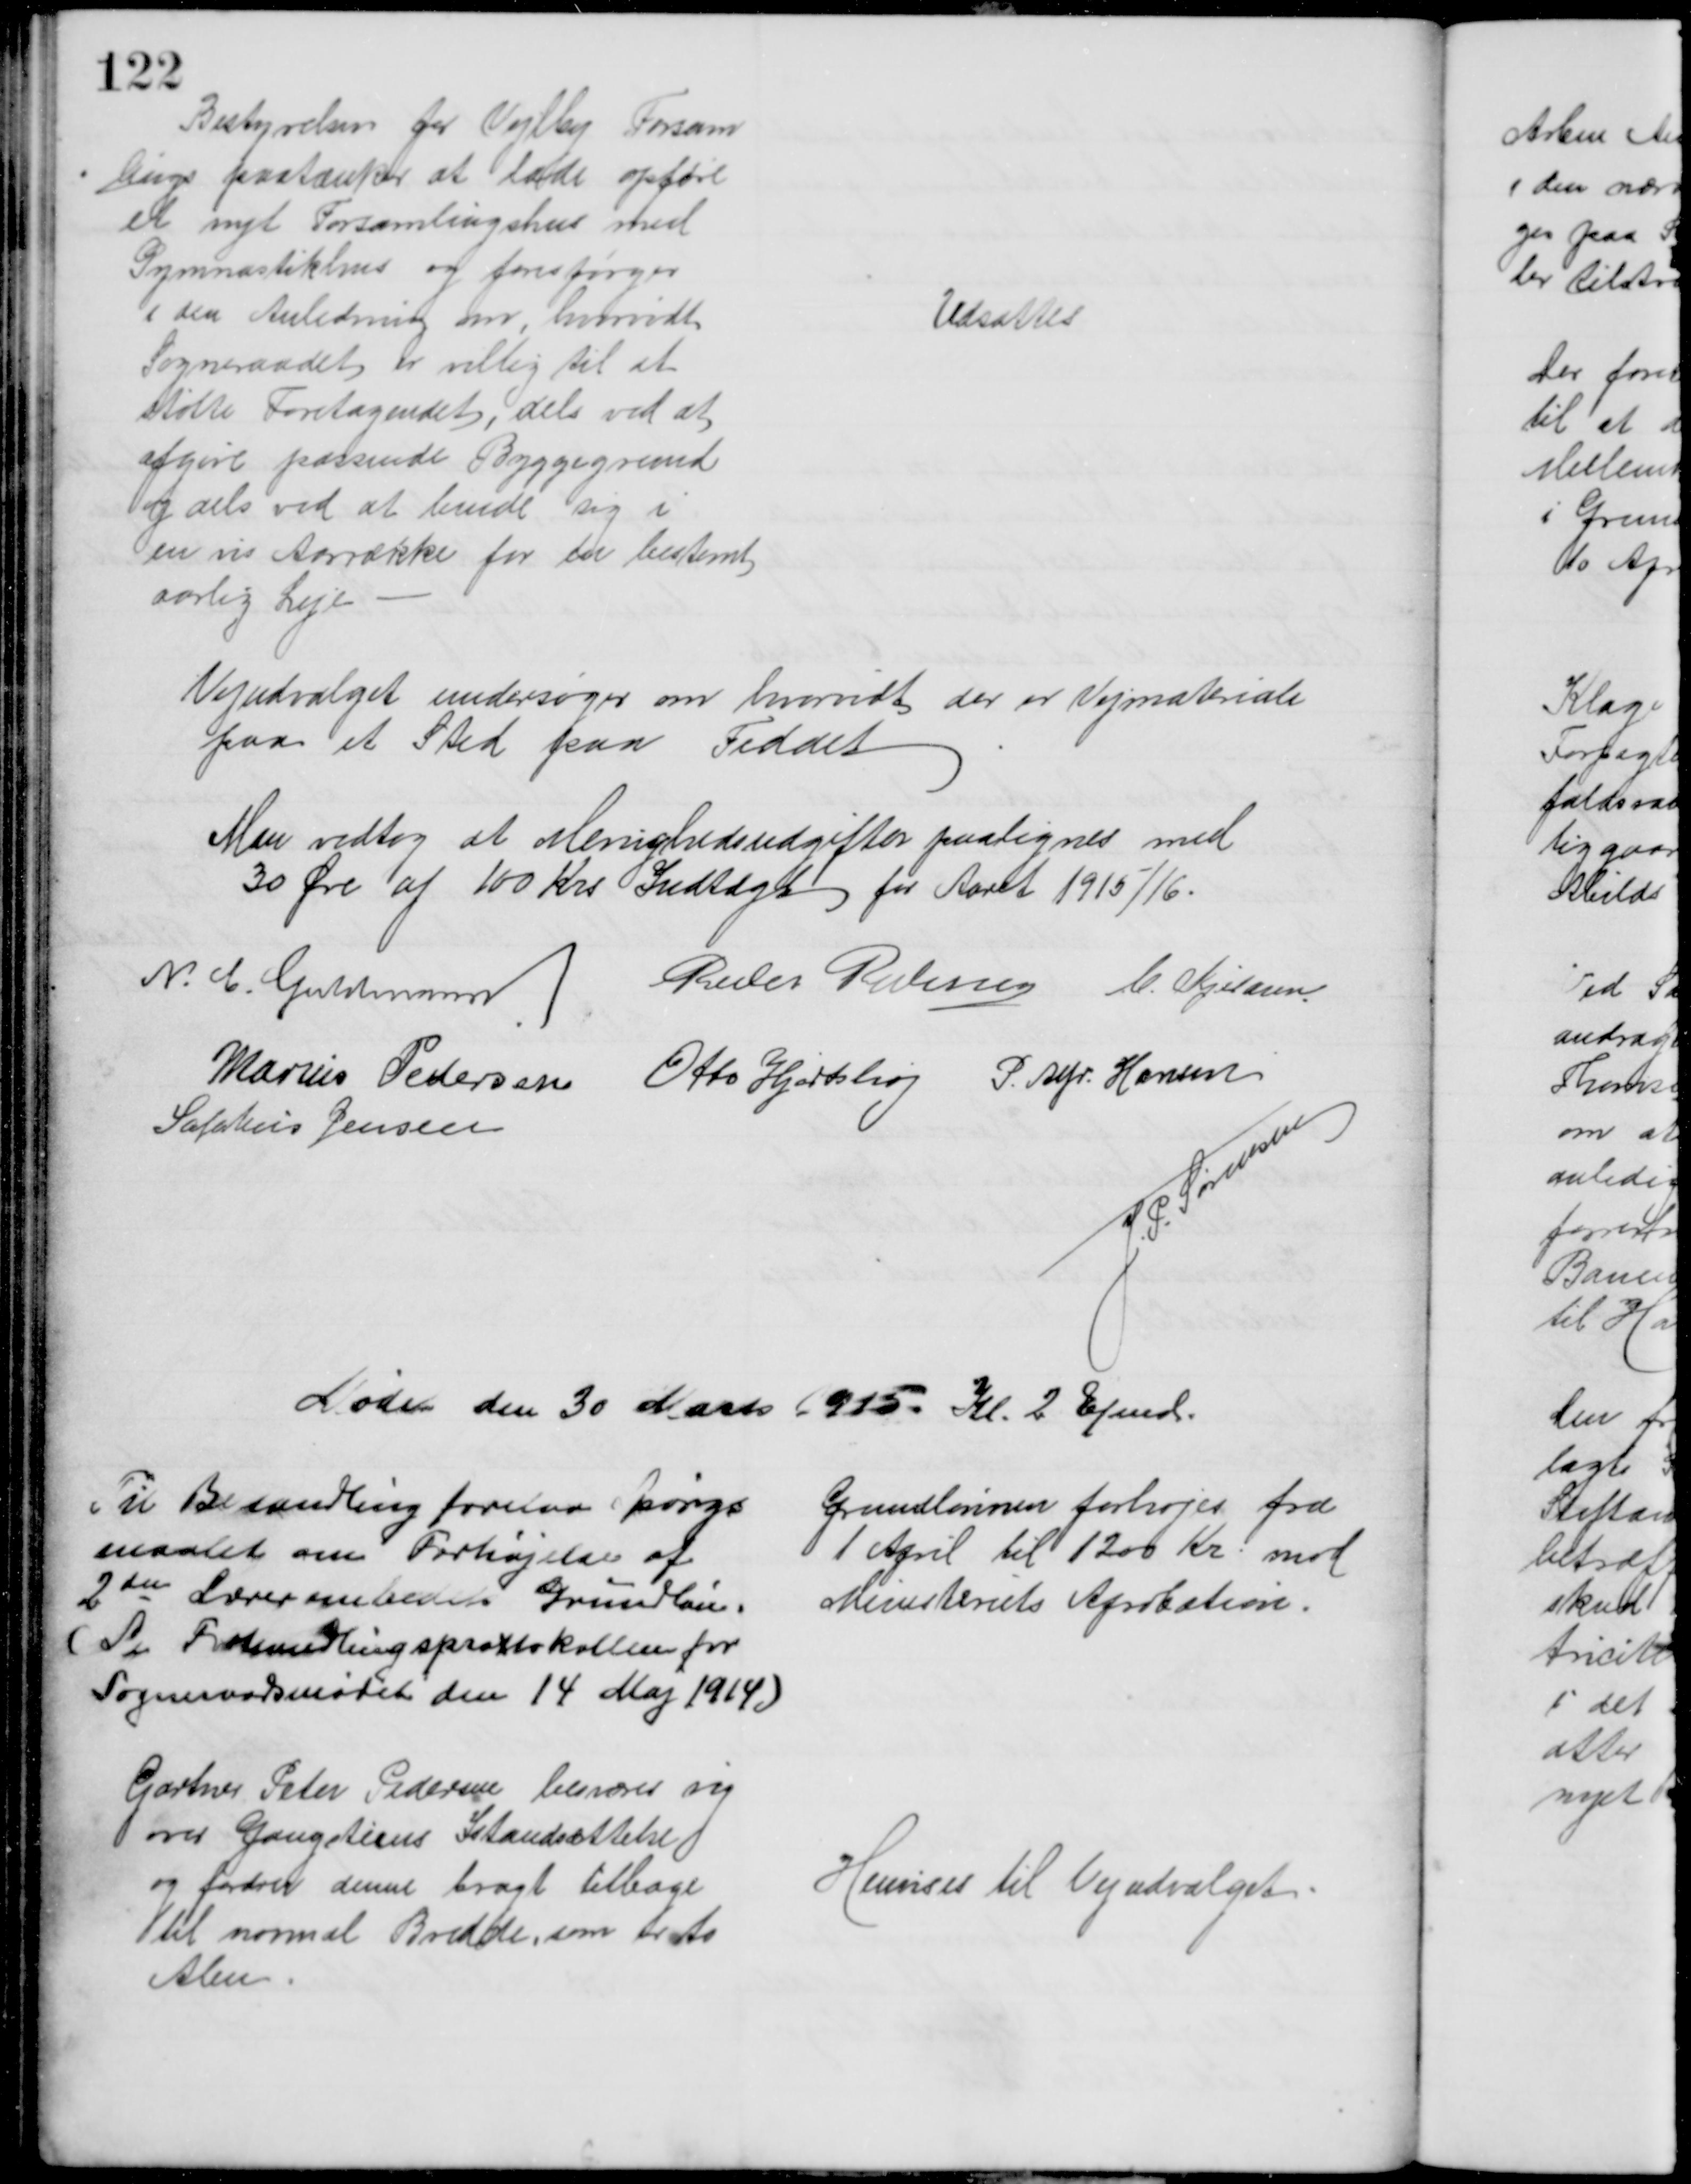
Transskription:
Bestyrelsen for Vejlby Forsam
lings paatænker at lade opføre
et nyt Forsamlingshus med
Gymnastikhus og forespørger
i den Anledning om, hvorvidt
Sogneraadet er villig til at 
støtte Foretagendet, dels ved at 
afgive passende Byggegrund
og dels ved at binde sig i
en vis Aarrække for en bestemt
aarlig Leje
Udsattes
Vejudvalget undersøger om hvorvidt der er Vejmateriale
paa et Sted paa Feddet
Man vedtog at Menighedsudgifter paalignes med
30 Øre af 100 Krs Indtægt for Aaret 1915/16.
N. C. Guldmann
Peder Pedersen C. Kjeldsen
Marius Pedersen Otto Hjortshøj P. Alfr. Hansen
Sophus Jensen
J. P. Sørensen
Møde den 30 Marts 1915. Kl. 2 Efmd.
Til Behandling forelaa Spørgs
maalet om Forhøjelse af
2den Lærerembedets Grundløn.
(Se Forhandlingsprottokollen for
Sogneraadsmødet den 14 Maj 1914)
Grundlønnen forhøjes fra 
1 April til 1200 Kr. mod
Ministeriets Aprobation.
Gartner Peter Pedersen besværer sig
over Gangstiens Istandsættelse
og fordrer denne bragt tilbage
til normal Bredde, som er to
Alen.
Henvises til Vejudvalget.